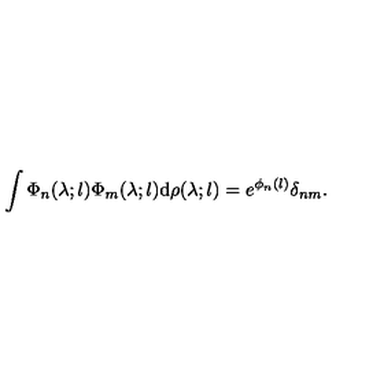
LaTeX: \int \Phi _ { n } ( \lambda ; l ) \Phi _ { m } ( \lambda ; l ) \mathrm { d } \rho ( \lambda ; l ) = e ^ { \phi _ { n } ( l ) } \delta _ { n m } .